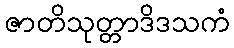
ဇာတိသုတ္တာဒိဒသကံ